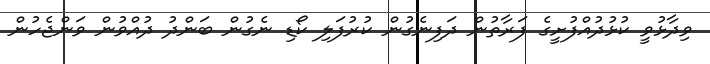
ވިދާޅުވީ ކުޅުދުއްފުށީގެ ފަރާތުން ދަފިނެގުން ކުރުފަލި ކޯޑި ނެގުން ބަންދު ދުއްވުން ވަންޖެހުން